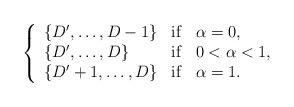
LaTeX: \begin{align*} \left\{\begin{array}{lll}\{D',\ldots, D-1\}& {\rm if} & \alpha=0,\\\{D',\ldots, D\}&{\rm if} & 0<\alpha<1,\\\{D'+1, \ldots, D\}& {\rm if} & \alpha=1.\end{array}\right.\end{align*}